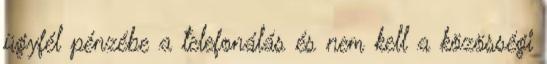
ügyfél pénzébe a telefonálás és nem kell a közösségi